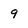
Character: 9